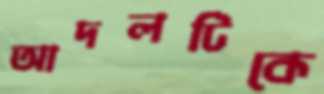
আদলটিকে